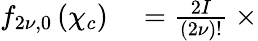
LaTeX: \begin{array}{rl}{f_{2{\nu},0}\left(\chi_{c}\right)}&{{}=\frac{2I}{\left(2{\nu}\right)!}\ \times}\end{array}